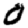
Digit: 0